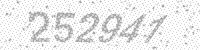
Solution: 252941